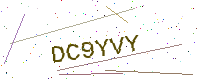
Text: DC9YVY